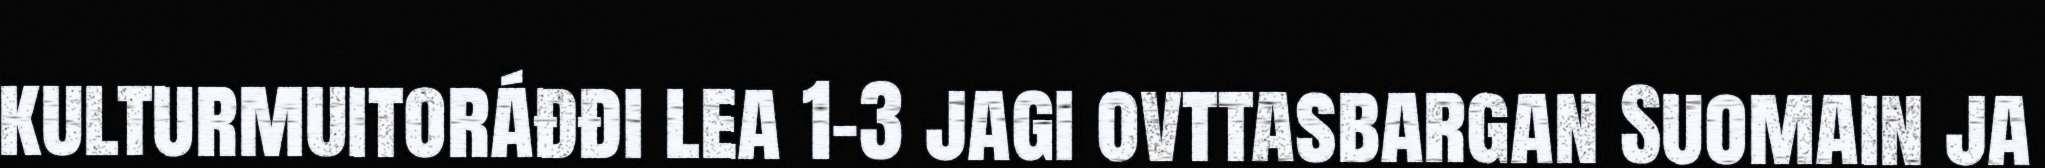
kulturmuitoráđđi lea 1–3 jagi ovttasbargan Suomain ja